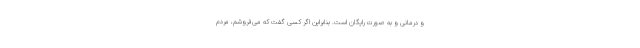
و درمانی و به صورت رایگان است. بنابراین اگر کسی گفت که می‌فروشم، مردم